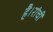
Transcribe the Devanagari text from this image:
है।रांची